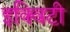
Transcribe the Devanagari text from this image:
इक्‍विटी